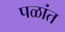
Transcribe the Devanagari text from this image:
पळांत